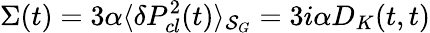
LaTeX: \Sigma(t)=3\alpha\langle\delta P_{cl}^{2}(t)\rangle_{{\cal S}_{G}}=3i\alpha D_{K}(t,t)